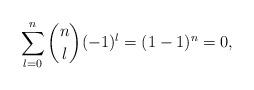
LaTeX: \begin{align*} \sum_{l=0}^n\binom{n}{l}(-1)^l=(1-1)^n=0,\end{align*}